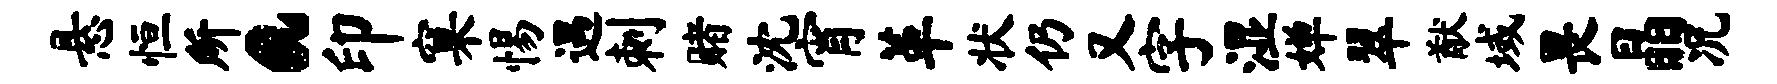
悬恒所a印窠惕遇刺赌沈宵革状仍又字湿婵翠猷域畏晶况